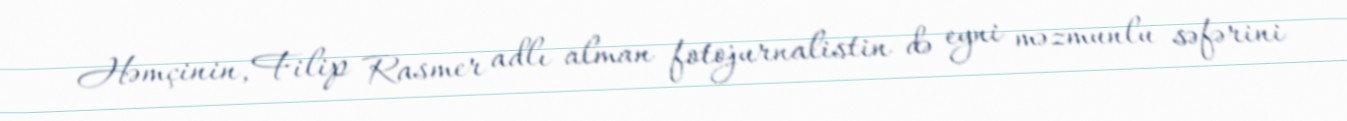
Həmçinin, Filip Rasmer adlı alman fotojurnalistin də eyni məzmunlu səfərini